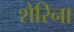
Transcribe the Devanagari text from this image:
शेरिना